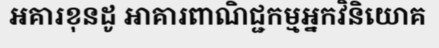
អគារខុនដូ អាគារពាណិជ្ជកម្មអ្នកវិនិយោគ